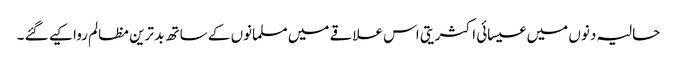
حالیہ دنوں میں عیسائی اکثریتی اس علاقے میں مسلمانوں کے ساتھ بد ترین مظالم روا کیے گئے ۔